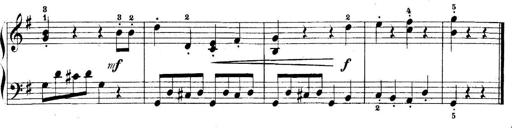
Title: 5 Sonatinas
Composer: Theodor Kirchner